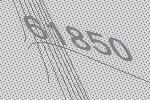
61850